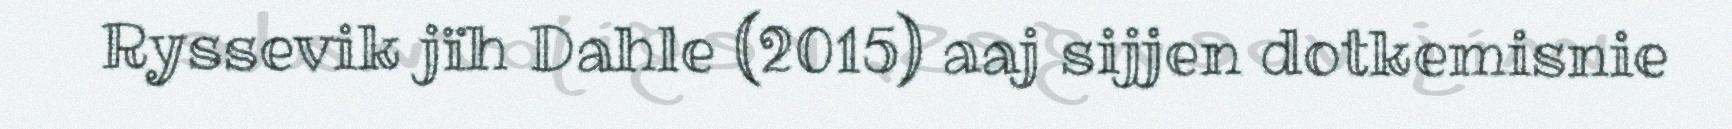
Ryssevik jïh Dahle (2015) aaj sijjen dotkemisnie